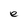
Character: e